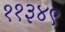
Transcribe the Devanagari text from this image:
११३४९